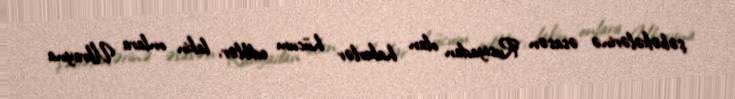
şəbəkələrinə əsasən Rusiyadan olan hakerlər hücum ediblər, lakin onlara Ukrayna